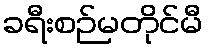
ခရီးစဉ်မတိုင်မီ